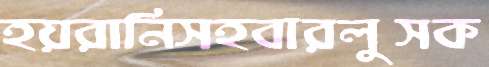
হয়রানিসহবারলুসক